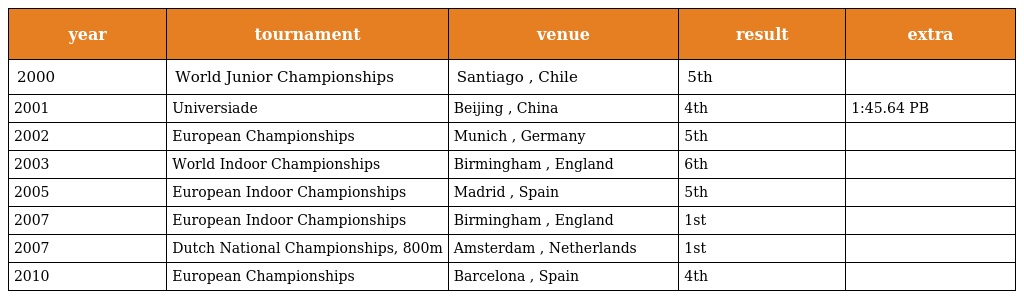
| year | tournament | venue | result | extra |
 | --- | --- | --- | --- | --- |
 | 2000 | World Junior Championships | Santiago , Chile | 5th |  |
 | 2001 | Universiade | Beijing , China | 4th | 1:45.64 PB |
 | 2002 | European Championships | Munich , Germany | 5th |  |
 | 2003 | World Indoor Championships | Birmingham , England | 6th |  |
 | 2005 | European Indoor Championships | Madrid , Spain | 5th |  |
 | 2007 | European Indoor Championships | Birmingham , England | 1st |  |
 | 2007 | Dutch National Championships, 800m | Amsterdam , Netherlands | 1st |  |
 | 2010 | European Championships | Barcelona , Spain | 4th |  |